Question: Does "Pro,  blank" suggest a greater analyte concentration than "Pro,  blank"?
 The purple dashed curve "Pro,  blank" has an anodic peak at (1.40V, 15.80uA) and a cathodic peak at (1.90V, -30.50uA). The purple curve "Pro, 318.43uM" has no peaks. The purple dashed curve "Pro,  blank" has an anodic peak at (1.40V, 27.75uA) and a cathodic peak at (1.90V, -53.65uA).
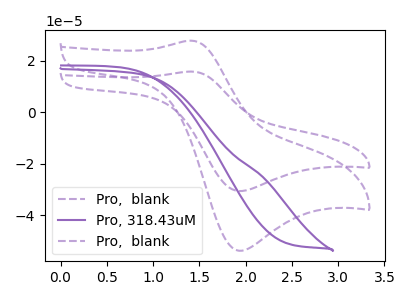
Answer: <think>All the peaks in "Pro,  blank" have a peak in "Pro,  blank" at the same potential. Every peak in "Pro,  blank" is higher than every peak in "Pro,  blank".
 </think>
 <answer>"Pro,  blank" has more signal than "Pro,  blank".</answer>
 <eval>more_signal</eval>